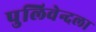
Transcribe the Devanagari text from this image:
पुलिवेन्दला